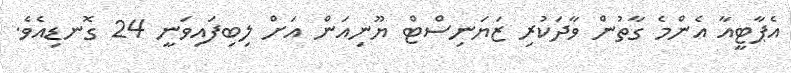
އެޕާޓީއާ އެންމެ ގާތުން ވާދަކުރި ޒަޔަނިސްޓް ޔޫނިއަން އަށް ލިބިފައިވަނީ 24 ގޮނޑިއެވެ.